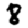
Digit: 8